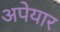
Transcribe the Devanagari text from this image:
अपेयार